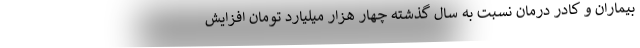
بیماران و کادر درمان نسبت به سال گذشته چهار هزار میلیارد تومان افزایش